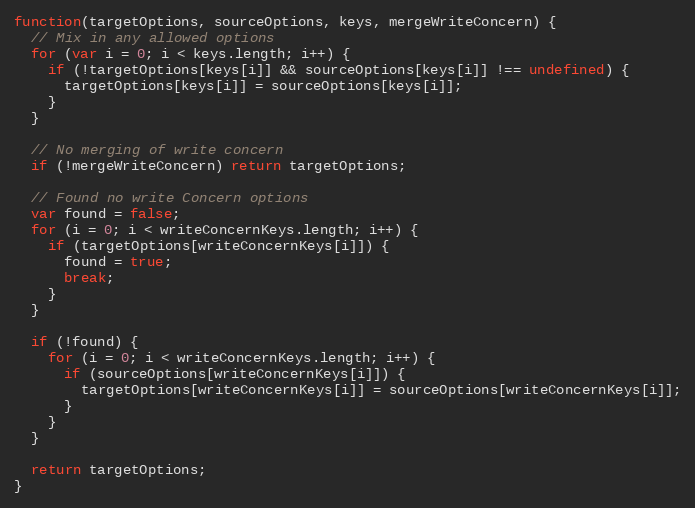
Language: JavaScript
function(targetOptions, sourceOptions, keys, mergeWriteConcern) {
  // Mix in any allowed options
  for (var i = 0; i < keys.length; i++) {
    if (!targetOptions[keys[i]] && sourceOptions[keys[i]] !== undefined) {
      targetOptions[keys[i]] = sourceOptions[keys[i]];
    }
  }

  // No merging of write concern
  if (!mergeWriteConcern) return targetOptions;

  // Found no write Concern options
  var found = false;
  for (i = 0; i < writeConcernKeys.length; i++) {
    if (targetOptions[writeConcernKeys[i]]) {
      found = true;
      break;
    }
  }

  if (!found) {
    for (i = 0; i < writeConcernKeys.length; i++) {
      if (sourceOptions[writeConcernKeys[i]]) {
        targetOptions[writeConcernKeys[i]] = sourceOptions[writeConcernKeys[i]];
      }
    }
  }

  return targetOptions;
}